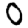
Digit: 0